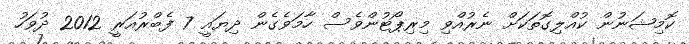
ކޮމިޝަނުން ކުއްލިގޮތަކަށް ނެރުއްވި މިރިޕޯޓުންވެސް ހާމަވެގެން ދިޔައީ 7 ފެބްރުއަރީ 2012 ދުވަހު